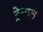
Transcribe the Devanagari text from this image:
ट्रेन्गल